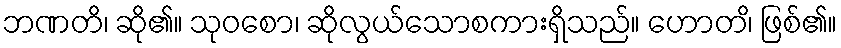
ဘဏတိ၊ ဆို၏။ သုဝစော၊ ဆိုလွယ်သောစကားရှိသည်။ ဟောတ၊ိ ဖြစ်၏။